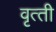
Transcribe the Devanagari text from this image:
वृत्‍ती